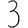
Digit: 3